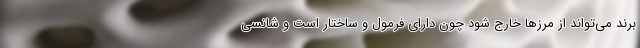
برند می‌تواند از مرزها خارج شود چون دارای فرمول و ساختار است و شانسی